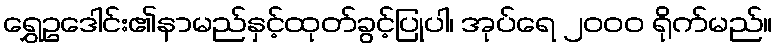
ရွှေဥဒေါင်း၏နာမည်နှင့်ထုတ်ခွင့်ပြုပါ၊ အုပ်ရေ ၂၀၀၀ ရိုက်မည်။